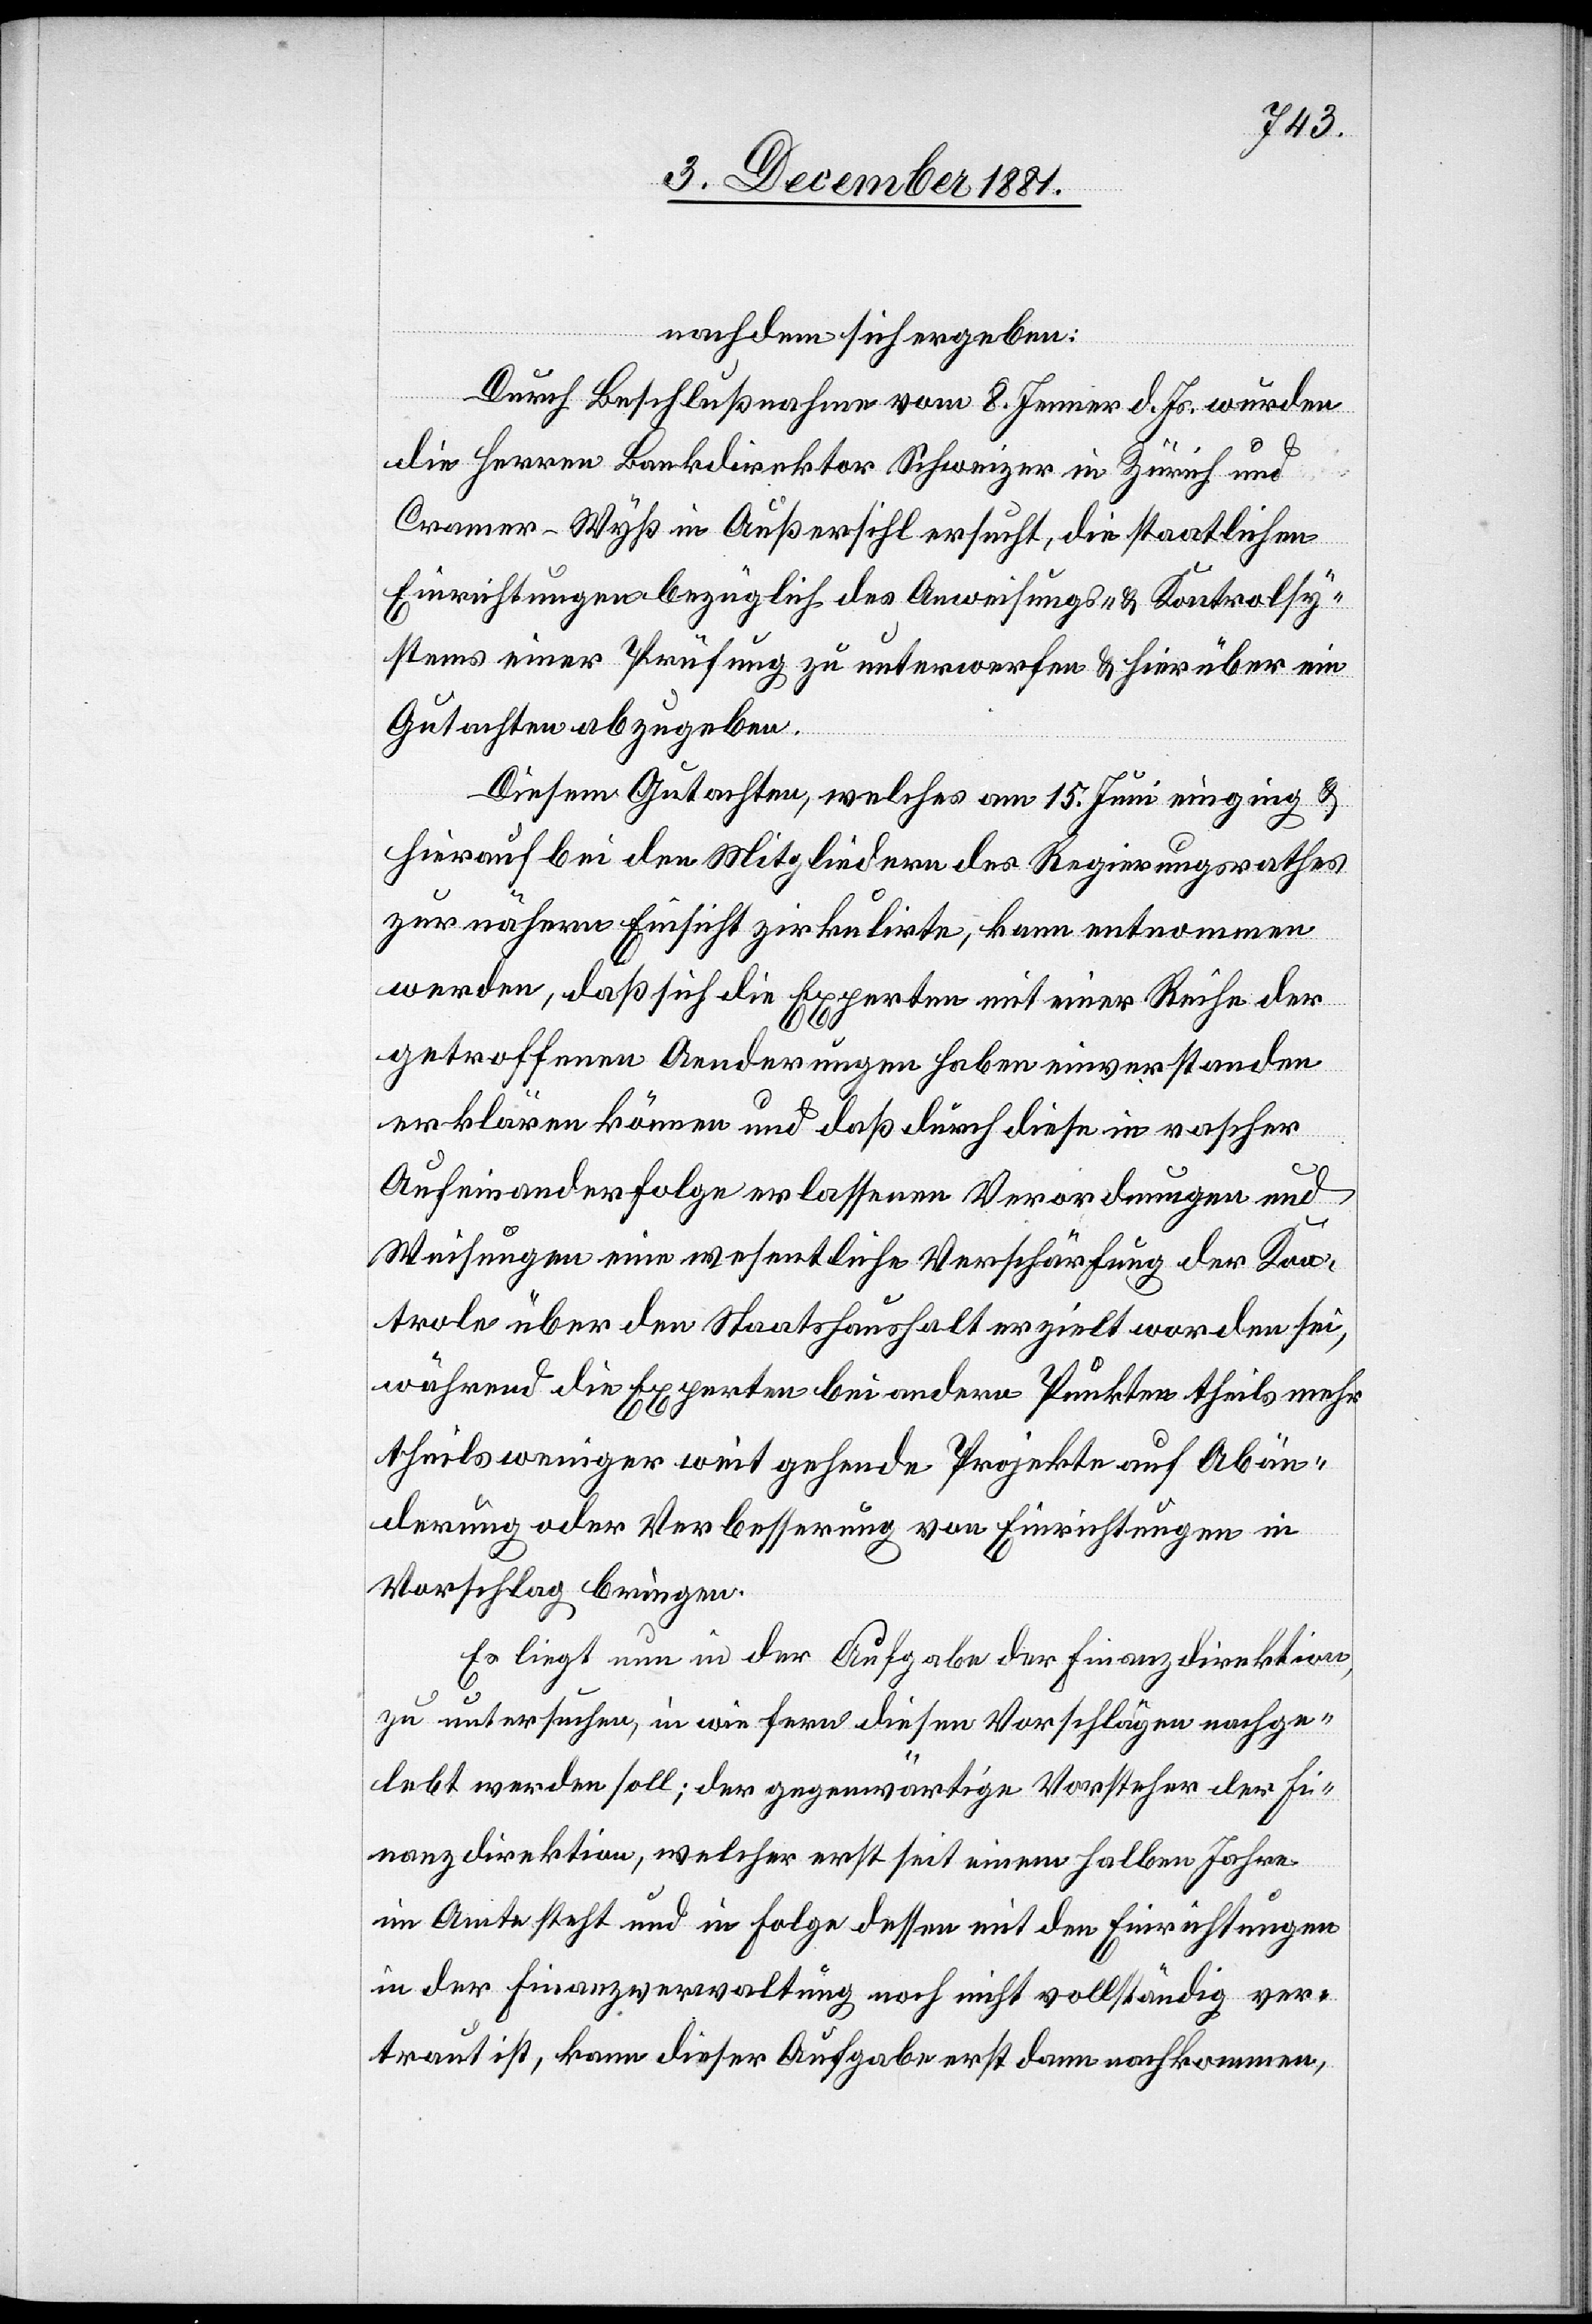
nachdem sich ergeben:
Durch Beschlußnahme vom 8. Januar d. Js. wurden
die Herren Bankdirektor Schweizer in Zürich und
Cramer-Wyß in Außersihl ersucht, die staatlichen
Einrichtungen bezüglich des Anweisungs- & Kontrolsy¬
stems einer Prüfung zu unterwerfen & hierüber ein
Gutachten abzugeben.
Diesem Gutachten, welches am 15. Juni einging &
hierauf bei den Mitgliedern des Regierungsrathes
zur nähern Einsicht zirkulierte, kann entnommen
werden, daß sich die Experten mit einer Reihe der
getroffenen Aenderungen haben einverstanden
erklären können und daß durch diese in rascher
Aufeinanderfolge erlassenen Verordnungen und
Weisungen eine wesentliche Verschärfung der Kon¬
trole über den Staatshaushalt erzielt worden sei,
während die Experten bei andern Punkten theils mehr
theils weniger weit gehende Projekte auf Abän¬
derung oder Verbesserung von Einrichtungen in
Vorschlag bringen.
Es liegt nun in der Aufgabe der Finanzdirektion,
zu untersuchen, in wie fern diesen Vorschlägen nachge¬
lebt werden soll; der gegenwärtige Vorsteher der Fi¬
nanzdirektion, welcher erst seit einem halben Jahre
im Amte steht und in Folge dessen mit den Einrichtungen
in der Finanzverwaltung noch nicht vollständig ver¬
traut ist, kann dieser Aufgabe erst dann nachkommen,